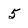
Character: 5